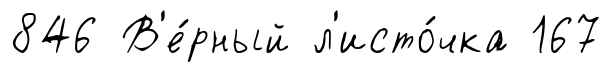
846 В'е́рный л'исто́чка 167